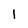
Character: 1